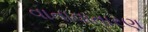
વાતાવાતારણ